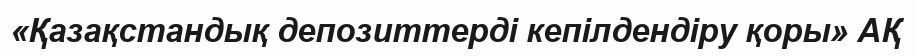
«Қазақстандық депозиттерді кепілдендіру қоры» АҚ